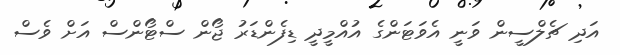
އަދި ޗެލްސީން ވަނީ އެވަޓަންގެ އުއްމީދީ ޑިފެންޑަރު ޖޯން ސްޓޯންސް އަށް ވެސް